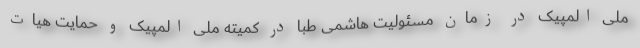
ملی المپیک در زمان مسئولیت هاشمی طبا در کمیته ملی المپیک و حمایت هیات